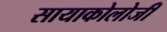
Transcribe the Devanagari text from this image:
सायाकोलोजी